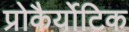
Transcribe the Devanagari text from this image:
प्रोकैर्योटिक